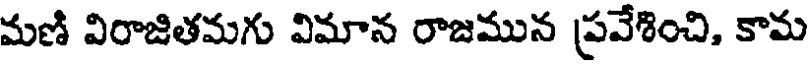
మణి విరాజితమగు విమాన రాజమున ప్రవేశించి, కామ